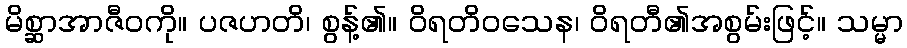
မိစ္ဆာအာဇီဝကို။ ပဇဟတိ၊ စွန့်၏။ ဝိရတိဝသေန၊ ဝိရတီ၏အစွမ်းဖြင့်။ သမ္မာ